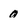
Character: 0